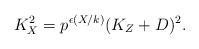
LaTeX: \begin{align*}K_X^2 = p^{\epsilon(X/k)} (K_Z+D)^2. \end{align*}